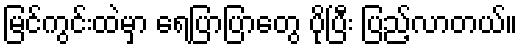
မြင်ကွင်းထဲမှာ ရေပြာပြာတွေ ပိုပြီး ပြည့်လာတယ်။